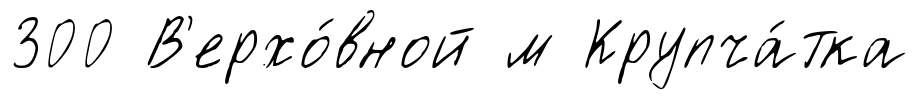
300 В'ерхо́вной м Крупча́тка